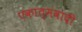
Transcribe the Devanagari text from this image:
एकात्मवादी